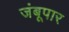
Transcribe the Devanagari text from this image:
जंबूपार